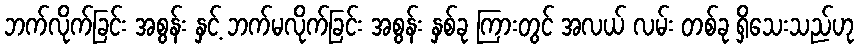
ဘက်လိုက်ခြင်း အစွန်း နှင့် ဘက်မလိုက်ခြင်း အစွန်း နှစ်ခု ကြားတွင် အလယ် လမ်း တစ်ခု ရှိသေးသည်ဟု